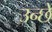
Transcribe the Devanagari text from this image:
उन्छे